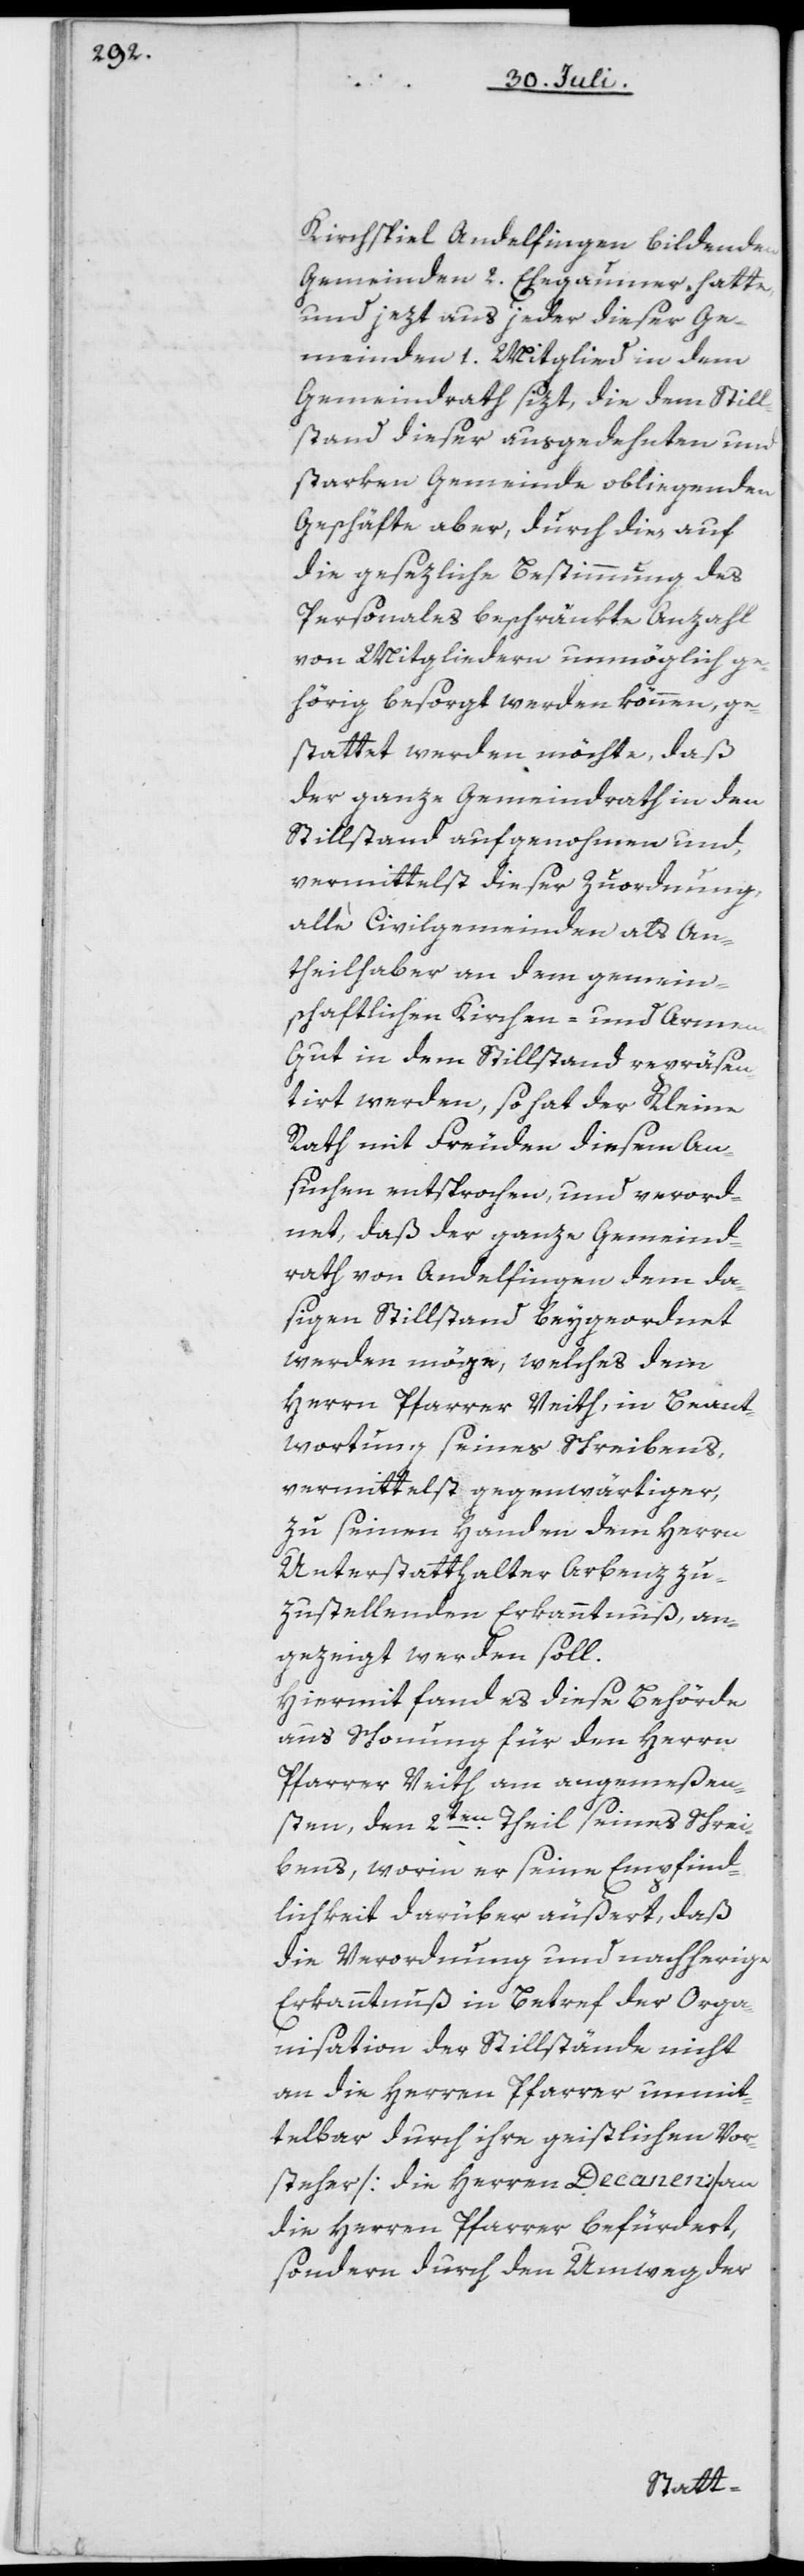
Kirchspiel Andelfingen bildenden
Gemeinden 2. Ehegaumer hatte,
und jezt aus jeder dieser Ge¬
meinden 1. Mitglied in dem
Gemeindrath sizt, die dem Still¬
stand dieser ausgedehnten und
starken Gemeinde obliegenden
Geschäfte aber, durch dies auf
die gesezliche Bestimmung des
Personales beschränkte Anzahl
von Mitgliedern unmöglich ge¬
hörig besorgt werden können, ge¬
stattet werden möchte, daß
der ganze Gemeindrath in den
Stillstand aufgenohmen und,
vermittelst dieser Zuordnung,
alle Civilgemeinden als An¬
theilhaber an dem gemein¬
schaftlichen Kirchen- und Arme¬
n-Gut in dem Stillstand repräsen¬
tirt werden, so hat der Kleine
Rath mit Freuden diesem An¬
suchen entsprochen, und verord¬
net, daß der ganze Gemeind¬
rath von Andelfingen dem da¬
sigen Stillstand beygeordnet
werden möge, welches dem
Herrn Pfarrer Veith, in Beant¬
wortung seines Schreibens,
vermittelst gegenwärtiger,
zu seinen Handen dem Herrn
Unterstatthalter Arbenz zu¬
zustellenden Erkanntnuß an¬
gezeigt werden soll.
Hiermit fand es diese Behörde
aus Schonung für den Herrn
Pfarrer Veith am angemeßen¬
sten, den 2ten Theil seines Schrei¬
bens, worin er seine Empfind¬
lichkeit darüber äußert, daß
die Verordnung und nachherige
Erkanntnuß in Betref der Orga¬
nisation der Stillstände nicht
an die Herren Pfarrer unmit¬
telbar durch ihre geistlichen Vor¬
steher [die Herren Decanen] an
die Herren Pfarrer befürdert,
sondern durch den Umweg der